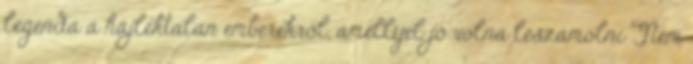
legenda a hajléktalan emberekről, amellyel jó volna leszámolni Nem